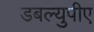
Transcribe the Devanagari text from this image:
डबल्युपीए